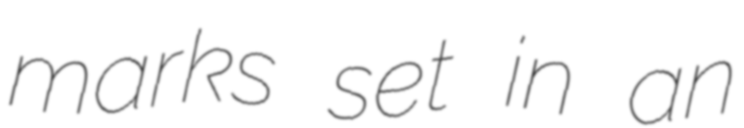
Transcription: marks set in an